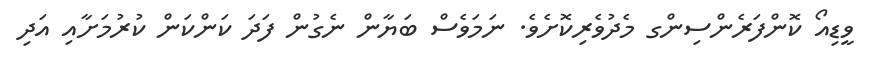
ވީޑިއޯ ކޮންފަރެންސިންގ މެދުވެރިކޮށެވެ. ނަމަވެސް ބަޔާން ނެގުން ފަދަ ކަންކަން ކުރުމަށާއި އަދި